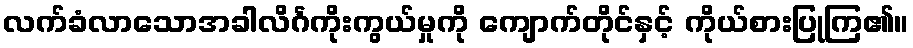
လက်ခံလာသောအခါလိင်္ဂကိုးကွယ်မှုကို ကျောက်တိုင်နှင့် ကိုယ်စားပြုကြ၏။